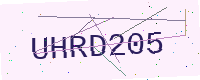
Text: UHRD205